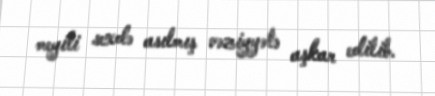
meyiti sexdə asılmış vəziyyətə aşkar edilib.